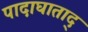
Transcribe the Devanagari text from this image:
पादाघाताद्